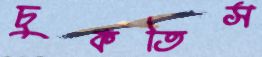
চুকতিস